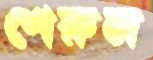
শেরুল